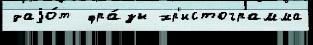
даjо́т  фра́зы хр'истограмма